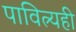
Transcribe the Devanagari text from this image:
पावित्र्यही